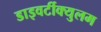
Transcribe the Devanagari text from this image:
डाइवर्टीक्युलम